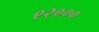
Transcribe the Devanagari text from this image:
९२०००